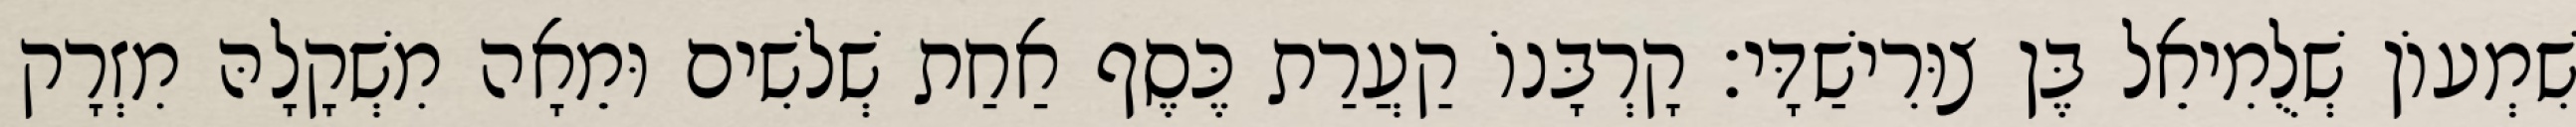
שִׁמְעוֹן שְׁלֻמִיאֵל בֶּן צוּרִישַׁדָּי׃ קָרְבָּנוֹ קַעֲרַת כֶּסֶף אַחַת שְׁלשִׁים וּמֵאָה מִשְׁקָלָהּ מִזְרָק